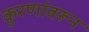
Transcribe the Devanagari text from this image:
कुरणांवरून